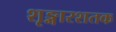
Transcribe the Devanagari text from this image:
शृङ्गारशतक